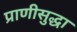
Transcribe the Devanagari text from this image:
प्राणीसुद्धा